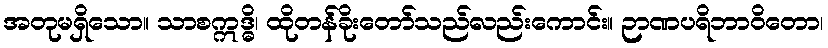
အတုမရှိသော။ သာစဣဒ္ဓိ၊ ထိုတန်ခိုးတော်သည်လည်းကောင်း။ ဉာဏပရိဘာဝိတော၊